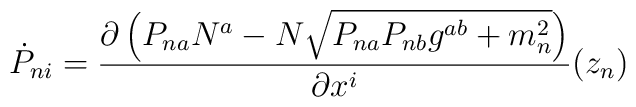
\dot P_{ni}=\frac{\partial \left(P_{na} N^a-N  \sqrt{P_{na}P_{nb}g^{ab}+ m_n^2}\right)}{\partial x^i}(z_n)